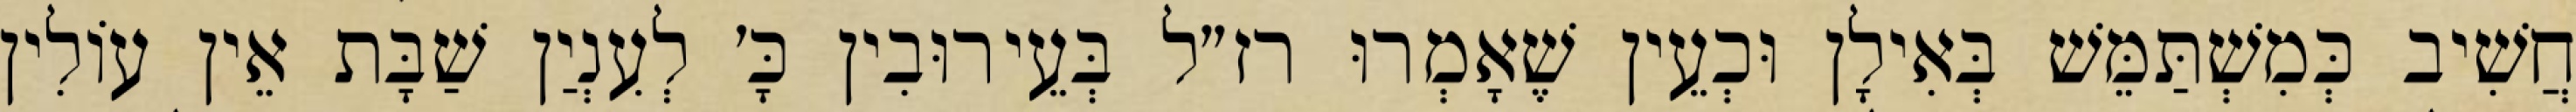
חֲשִׁיב כְּמִשְׁתַּמֵּשׁ בְּאִילָן וּכְעֵין שֶׁאָמְרוּ רז״ל בְּעֵירוּבִין כָּ׳ לְעִנְיַן שַׁבָּת אֵין עוֹלִין